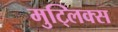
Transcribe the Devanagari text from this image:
मुट्लिक्स